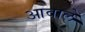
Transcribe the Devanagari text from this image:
आवाले